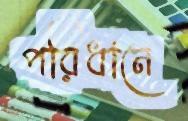
পরিধানে